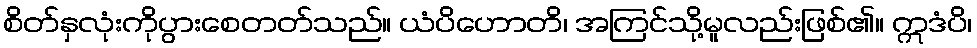
စိတ်နှလုံးကိုပွားစေတတ်သည်။ ယံပိဟောတိ၊ အကြင်သို့မူလည်းဖြစ်၏။ ဣဒံပိ၊